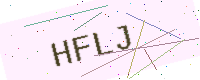
Text: HFLJ